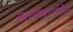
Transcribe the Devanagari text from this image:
आकशगंगेत